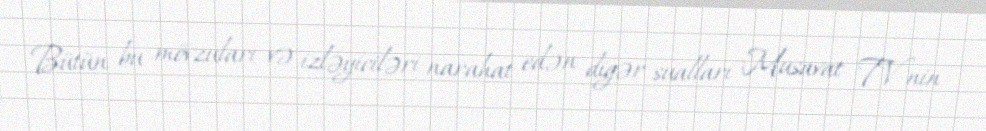
Bütün bu mövzuları və izləyiciləri narahat edən digər sualları Musavat TV-nin